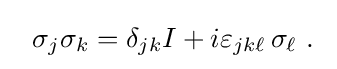
~~\sigma _{j}\sigma _{k}=\delta _{jk}I+i\varepsilon _{jk\ell }\,\sigma _{\ell }~.~